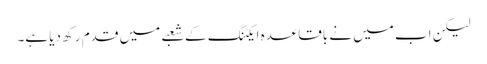
لیکن اب میں نے باقاعدہ ایکٹنگ کے شعبے میں قدم رکھ دیا ہے۔